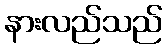
နားလည်သည်